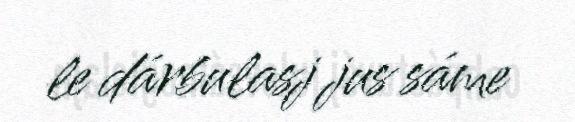
le dárbulasj jus sáme